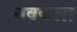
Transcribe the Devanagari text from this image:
नवकला